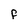
Character: f